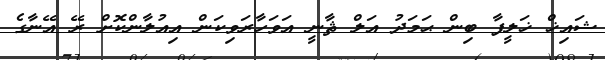
ޝައިޚް ޚަލީފާ ބިން ޙަމަދު އަލް ޘާނީ އަވަހާރަވިކަން އިއުލާންކޮށް ރޭ އޭނާގެ